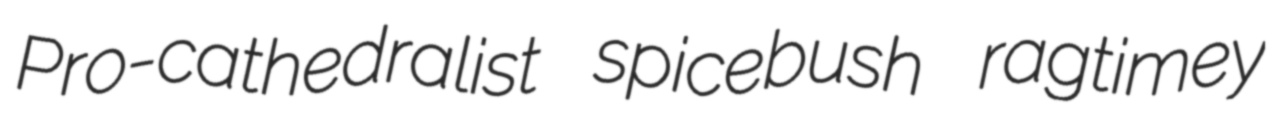
Pro-cathedralist spicebush ragtimey